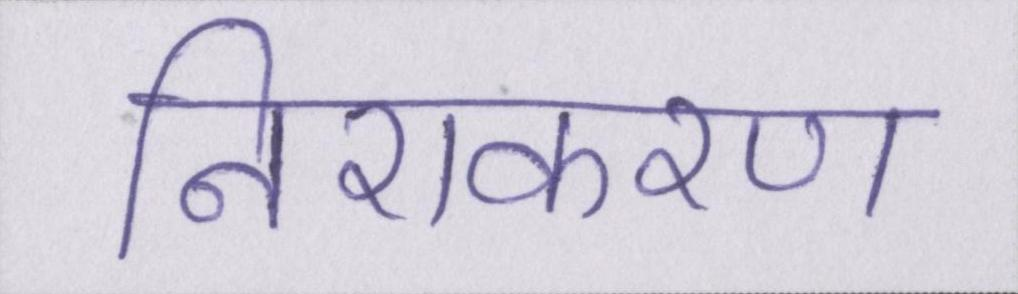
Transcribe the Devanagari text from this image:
निराकरण